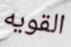
القويه